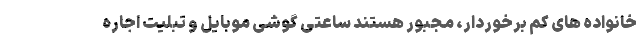
خانواده های کم برخوردار، مجبور هستند ساعتی گوشی موبایل و تبلیت اجاره